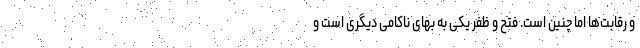
و رقابت‌ها اما چنین است. فتح و ظفر یکی به بهای ناکامی دیگری است و